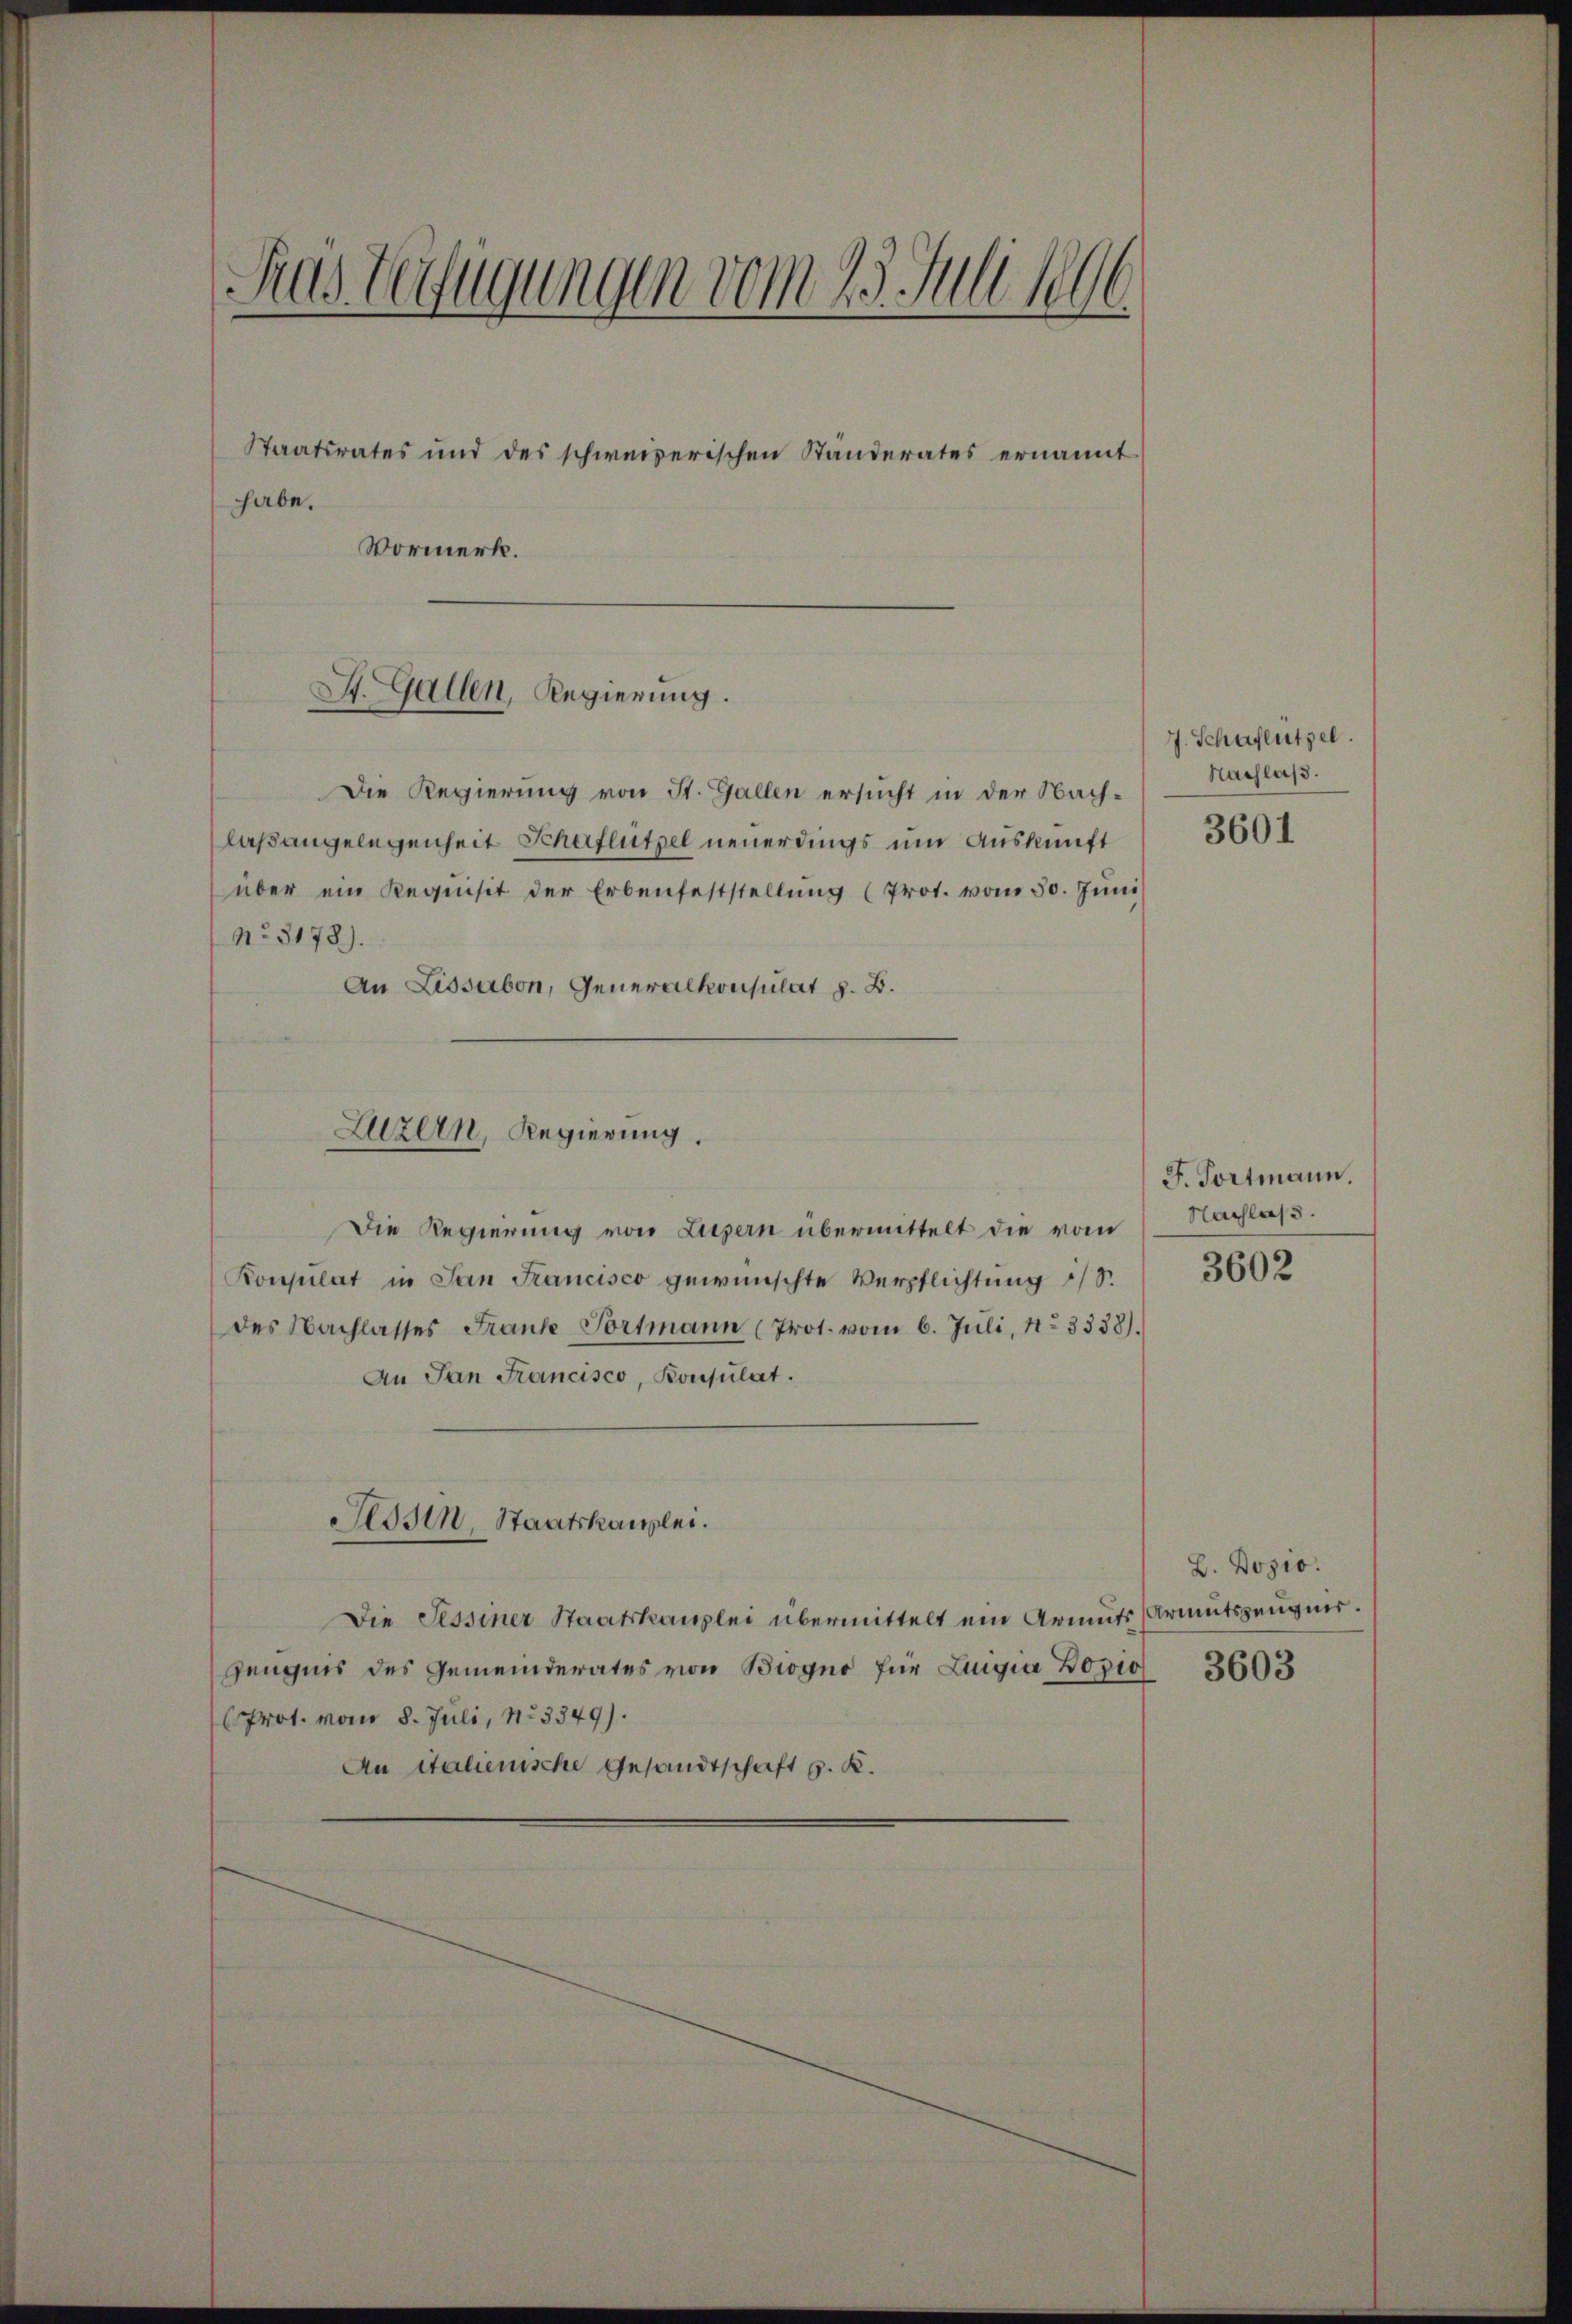
Das Verfügungen vom 25. Juli 1896.
Staatsrates und des schweizerischen Ständerates ernannt
habe.
Vormerk.

St. Gallen, Regierung.

Die Regierung von St. Gallen ersucht in der Nach-
laßangelegenheit Schaflützel neuerdings um Auskunft
über ein Requisit der Erbenfeststellŭng (Prot. vom 30. Jŭni
No. 3178).
An Lissabon, Generalkonsulat z. B.
Die Regierung von Lussern übermittelt die vom
Konsulat in San Francisco gewünschte Verpflichtung S.
des Nachlasses Frank-Portmann (Prot. vom 6. Jŭli, 13338).
An San Francisco, Konsulat.
Tessin Staatskanzlei.
Die Sessiner Staatskanzlei übermittelt ein Armuts Armutszeugnis.
Zeugnis des Gemeinderates von Biogno für Luigia Bozio
Prot. vom 8. Juli, 13349).
An italienische Gesandtschaft G. K.

Luzern, Regierung.

J. Schaflützel.
Nachlaß.

3601

F. Portmann.
Nachlass.

3602

L. Dogio.
3603